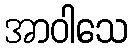
အာဝါသေ